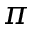
\pi